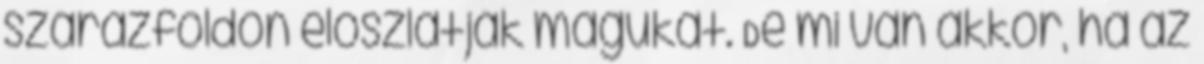
szárazföldön eloszlatják magukat. De mi van akkor, ha az